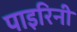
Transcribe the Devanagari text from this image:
पाइरिनी